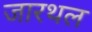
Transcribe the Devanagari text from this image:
जारथल